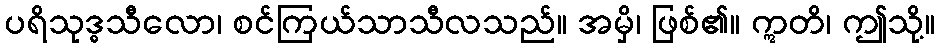
ပရိသုဒ္ဓသီလော၊ စင်ကြယ်သာသီလသည်။ အမှိ၊ ဖြစ်၏။ ဣတိ၊ ဤသို့။